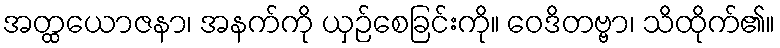
အတ္ထယောဇနာ၊ အနက်ကို ယှဉ်စေခြင်းကို။ ဝေဒိတဗ္ဗာ၊ သိထိုက်၏။